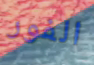
الفور